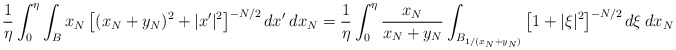
\begin{align*}\frac 1\eta\int_0^\eta\int_{B} x_N\left[(x_N+y_N)^2+|x'|^2\right]^{-N/2}dx'\:dx_N=\frac 1\eta\int_0^\eta\frac{x_N}{x_N+y_N}\int_{B_{1/(x_N+y_N)}}\left[1+|\xi|^2\right]^{-N/2}d\xi\:dx_N\end{align*}